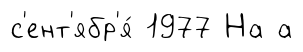
с'ент'ябр'я́ 1977 На а